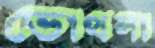
ভোথলা